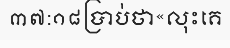
៣៧:១៨ប្រាប់ថា«លុះគេ